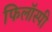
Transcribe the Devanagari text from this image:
फिलॉस्पी